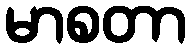
မာစတာ